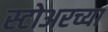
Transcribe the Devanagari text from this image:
स्टोअरच्या